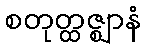
စတုတ္ထဇ္ဈာနံ